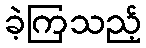
ခဲ့ကြသည့်